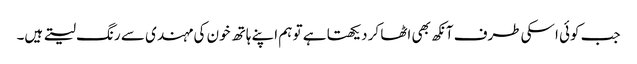
جب کوئی اسکی طرف آنکھ بھی اٹھا کر دیکھتا ہے تو ہم اپنے ہاتھ خون کی مہندی سے رنگ لیتے ہیں۔